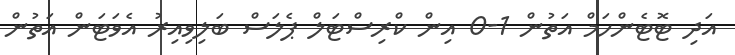
އަދި ޓޮޓެންހަމް އަތުން 1-0 އިން ކްރިސްޓަލް ޕެލަސް ބަލިވިއިރު އެވަޓަން އަތުން